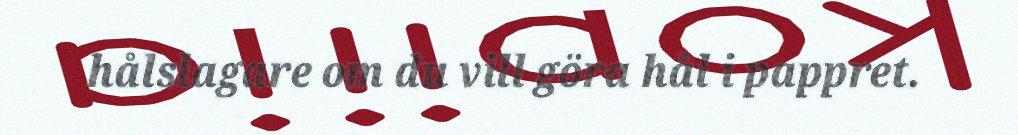
hålslagare om du vill göra hål i pappret.